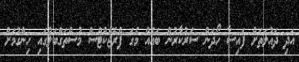
އަދި ދައުލަތަށް ފައިސާ ހޯދަން ސަރުކާރުން ބައެއް މެގަ ޕްރޮޖެކްޓްސް މުސްތަގްބަލުގައި ހިންގުމަށް